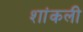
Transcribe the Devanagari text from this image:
शांकली